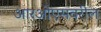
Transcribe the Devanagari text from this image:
आरओएसवरील